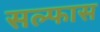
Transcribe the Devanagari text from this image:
सल्फास